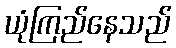
ယုံကြည်နေသည်